Annual administration report of the Civil Veterinary Department of India - 1895-1896
Year: 1895
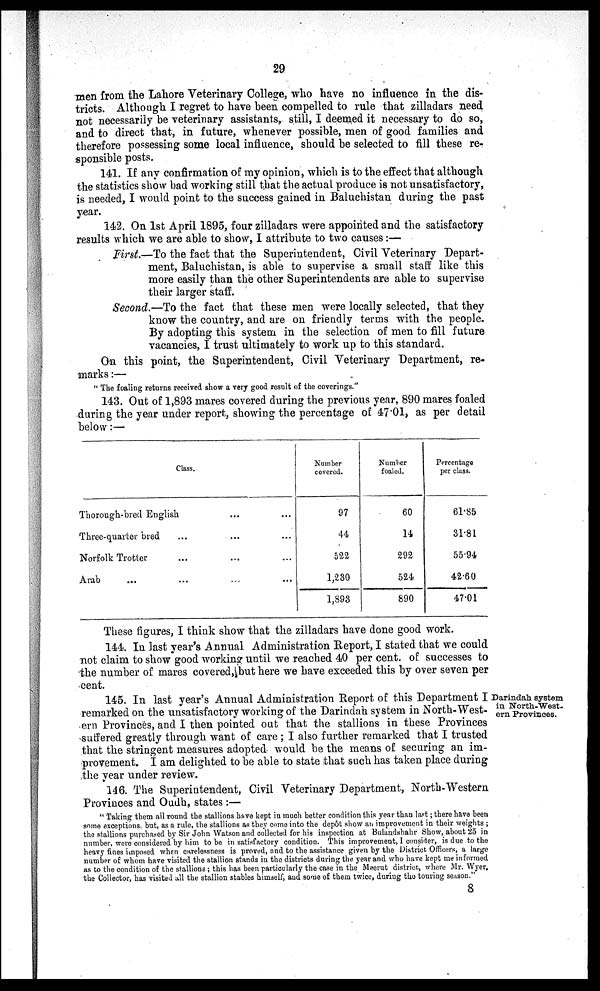
29
men from the Lahore Veterinary College, who have no influence in the dis-
tricts. Although I regret to have been compelled to rule that zilladars need
not necessarily be veterinary assistants, still, I deemed it necessary to do so,
and to direct that, in future, whenever possible, men of good families and
therefore possessing some local influence, should be selected to fill these re-
sponsible posts.
141. If any confirmation of my opinion, which is to the effect that although
the statistics show bad working still that the actual produce is not unsatisfactory,
is needed, I would point to the success gained in Baluchistan during the past
year.
142. On 1st April 1895, four zilladars were appointed and the satisfactory
results which we are able to show, I attribute to two causes:—
First.—To the fact that the Superintendent, Civil Veterinary Depart-
ment, Baluchistan, is able to supervise a small staff like this
more easily than the other Superintendents are able to supervise
their larger staff.
Second.—To the fact that these men were locally selected, that they
know the country, and are on friendly terms with the people.
By adopting this system in the selection of men to fill future
vacancies, I trust ultimately to work up to this standard.
On this point, the Superintendent, Civil Veterinary Department, re-
marks:—
"The foaling returns received show a very good result of the coverings."
143. Out of 1,893 mares covered during the previous year, 890 mares foaled
during the year under report, showing the percentage of 47.01, as per detail
below:—
Class.
Thorough-bred English ... ...
Three-quarter bred ... ... ...
Norfolk Trotter ... ... ...
Arab ... ... ... ...
Number
covered.
97
44
522
1,230
1,893
Number
foaled.
60
14
292
524
890
Percentage
per class.
61.85
31.81
55.94
42.60
47.01
These figures, I think show that the zilladars have done good work.
144. In last year's Annual Administration Report, I stated that we could
not claim to show good working until we reached 40 per cent. of successes to
the number of mares covered, but here we have exceeded this by over seven per
cent.
Darindah system
in North-West-
ern Provinces.
145. In last year's Annual Administration Report of this Department I
remarked on the unsatisfactory working of the Darindah system in North-West-
ern Provinces, and I then pointed out that the stallions in these Provinces
suffered greatly through want of care; I also further remarked that I trusted
that the stringent measures adopted would be the means of securing an im-
provement. I am delighted to be able to state that such has taken place during
the year under review.
146. The Superintendent, Civil Veterinary Department, North-Western
Provinces and Oudh, states:—
"Taking them all round the stallions have kept in much better condition this year than last; there have been
some exceptions, but, as a rule, the stallions as they come into the depôt show an improvement in their weights;
the stallions purchased by Sir John Watson and collected for his inspection at Bulandshahr Show, about 25 in
number, were considered by him to be in satisfactory condition. This improvement, I consider, is due to the
heavy fines imposed when carelessness is proved, and to the assistance given by the District Officers, a large
number of whom have visited the stallion stands in the districts during the year and who have kept me informed
as to the condition of the stallions; this has been particularly the case in the Meerut district, where Mr. Wyer,
the Collector, has visited all the stallion stables himself, and some of them twice, during the touring season."
8